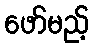
ဖော်မည့်